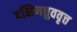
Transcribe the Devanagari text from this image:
दक्षिणध्रुववृत्त